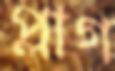
প্লাগ